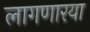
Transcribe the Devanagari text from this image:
लागणारया